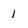
Character: 1